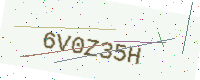
Text: 6V0Z35H